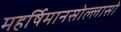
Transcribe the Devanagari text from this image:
महर्षिमानसोल्लासो